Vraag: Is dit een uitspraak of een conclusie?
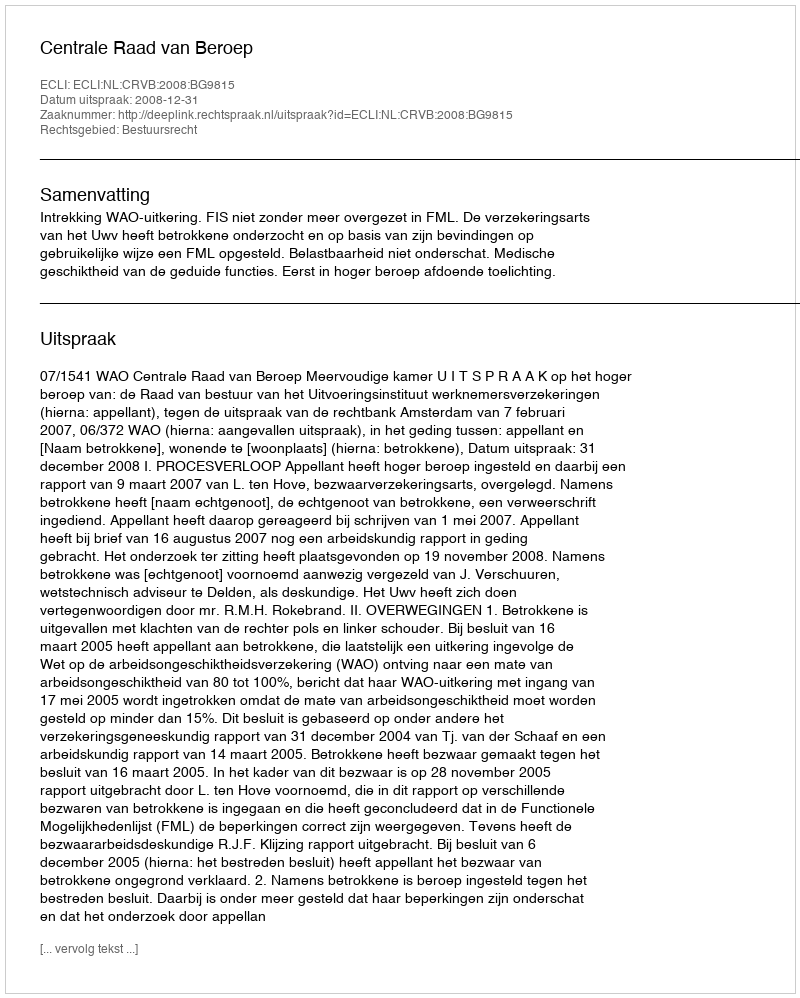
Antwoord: Uitspraak